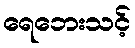
ရေဘေးသင့်